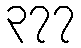
၃၇၇